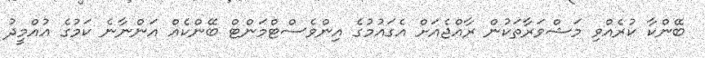
ބޭންކާ ކުރެއްވި މަޝްވަރާތަކުން ރާއްޖެއަށް އެގައުމުގެ އިންވެސްޓްމަންޓް ބޭންކެއް އަންނާނެ ކަމުގެ އުއްމީދު